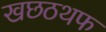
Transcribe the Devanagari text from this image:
खछठथफ